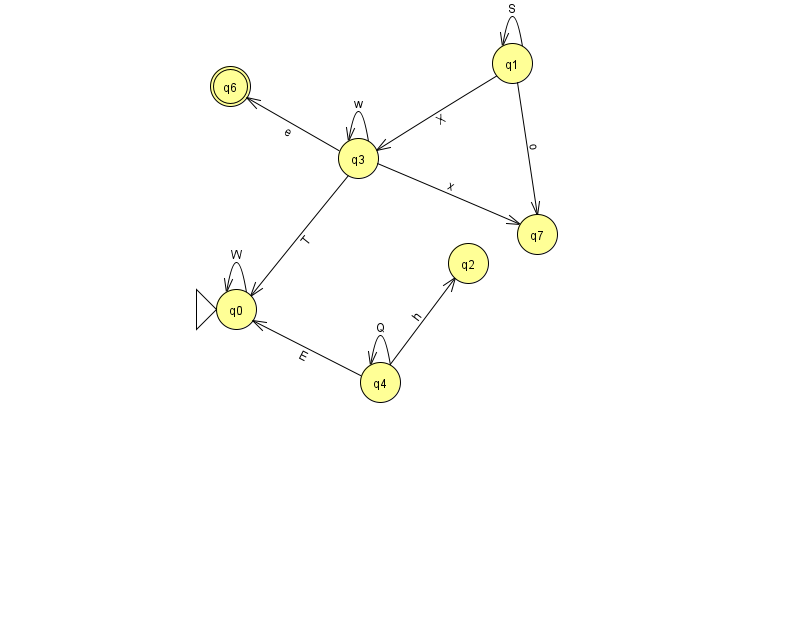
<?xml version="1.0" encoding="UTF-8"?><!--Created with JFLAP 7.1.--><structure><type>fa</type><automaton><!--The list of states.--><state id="0" name="q0"><x>236.0</x><y>296.0</y><initial/></state><state id="1" name="q1"><x>512.0</x><y>50.0</y></state><state id="2" name="q2"><x>468.0</x><y>250.0</y></state><state id="3" name="q3"><x>358.0</x><y>145.0</y></state><state id="4" name="q4"><x>380.0</x><y>369.0</y></state><state id="6" name="q6"><x>230.0</x><y>73.0</y><final/></state><state id="7" name="q7"><x>537.0</x><y>221.0</y></state><!--The list of transitions.--><transition><from>4</from><to>4</to><read>Q</read></transition><transition><from>1</from><to>1</to><read>S</read></transition><transition><from>4</from><to>2</to><read>h</read></transition><transition><from>0</from><to>0</to><read>W</read></transition><transition><from>3</from><to>0</to><read>T</read></transition><transition><from>3</from><to>3</to><read>w</read></transition><transition><from>4</from><to>0</to><read>E</read></transition><transition><from>3</from><to>6</to><read>e</read></transition><transition><from>1</from><to>3</to><read>X</read></transition><transition><from>3</from><to>7</to><read>x</read></transition><transition><from>1</from><to>7</to><read>o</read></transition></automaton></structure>